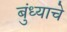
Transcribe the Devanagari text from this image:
बुंध्याचे